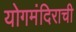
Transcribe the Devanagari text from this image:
योगमंदिराची